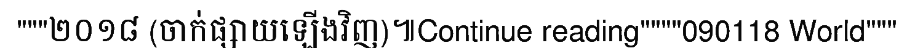
"""២០១៨ (ចាក់ផ្សាយឡើងវិញ)៕Continue reading""""090118 World"""